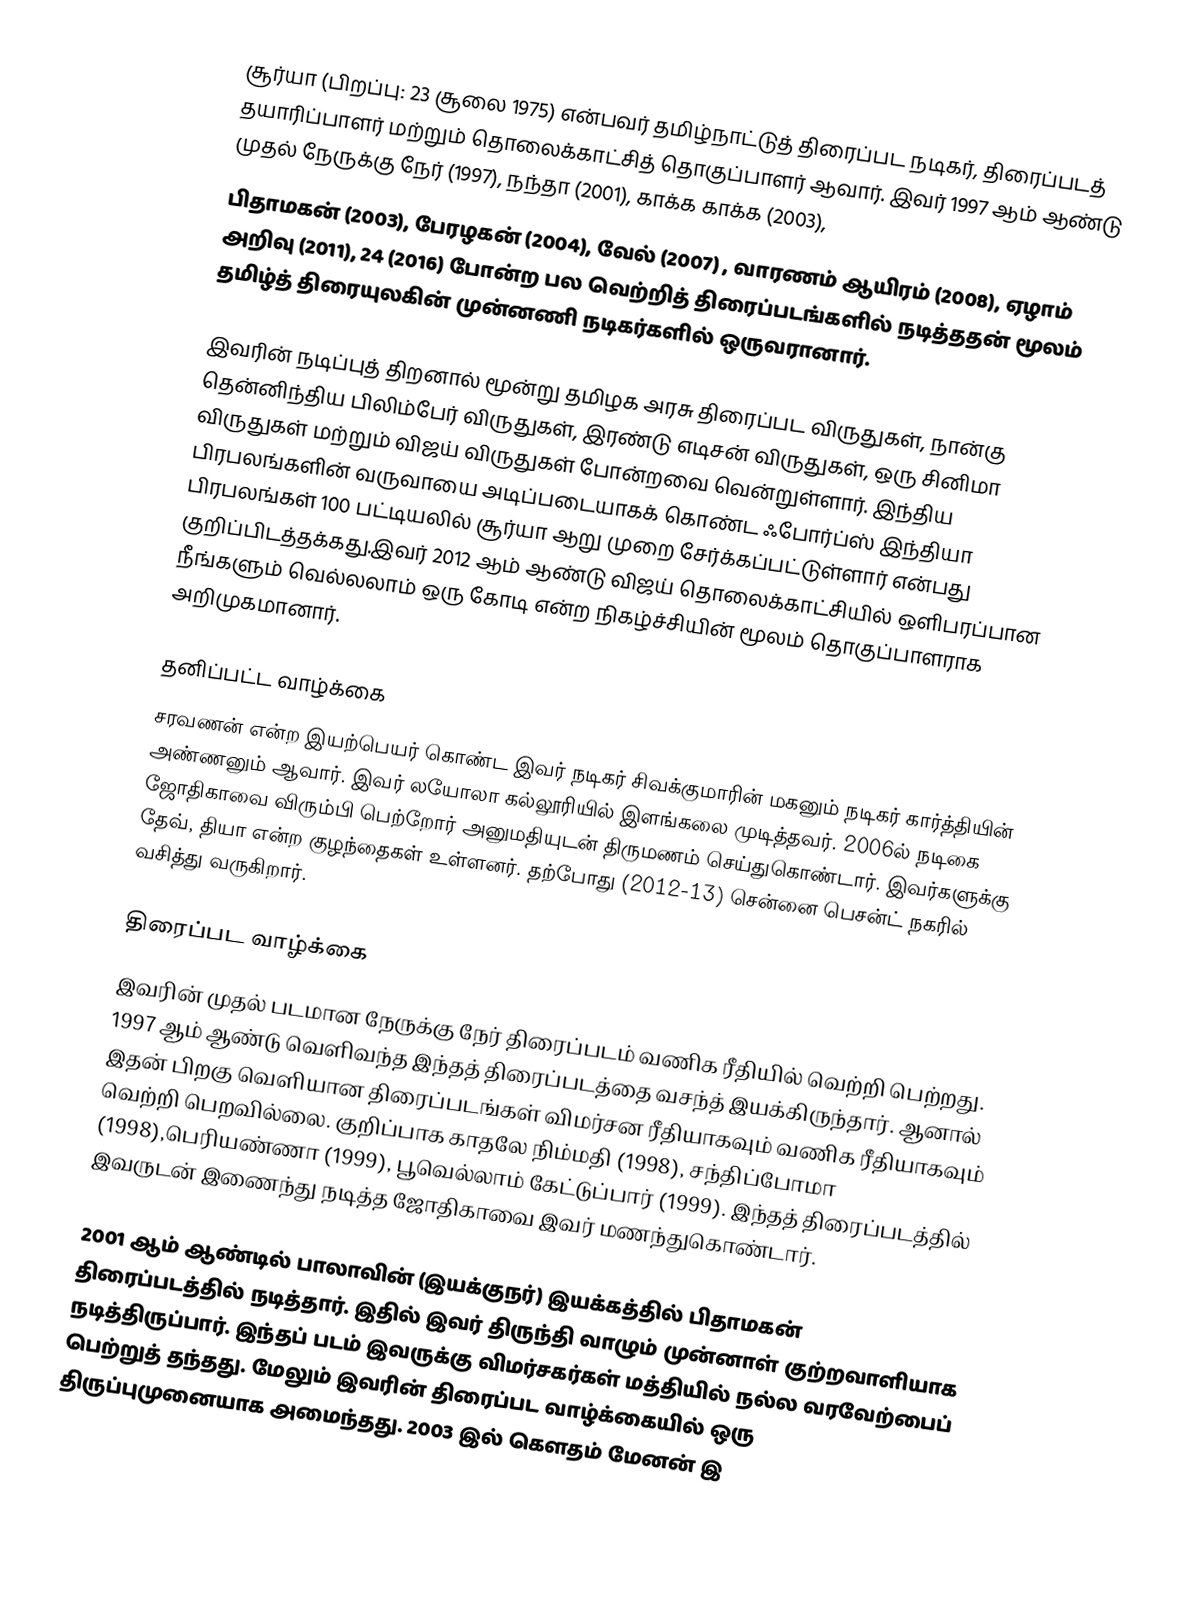
சூர்யா (பிறப்பு: 23 சூலை 1975) என்பவர் தமிழ்நாட்டுத் திரைப்பட நடிகர், திரைப்படத் தயாரிப்பாளர் மற்றும் தொலைக்காட்சித் தொகுப்பாளர் ஆவார். இவர் 1997 ஆம் ஆண்டு முதல் நேருக்கு நேர் (1997), நந்தா (2001), காக்க காக்க (2003),
பிதாமகன் (2003), பேரழகன் (2004), வேல் (2007) , வாரணம் ஆயிரம் (2008), ஏழாம் அறிவு (2011), 24 (2016) போன்ற பல வெற்றித் திரைப்படங்களில் நடித்ததன் மூலம் தமிழ்த் திரையுலகின் முன்னணி நடிகர்களில் ஒருவரானார்.

இவரின் நடிப்புத் திறனால் மூன்று தமிழக அரசு திரைப்பட விருதுகள், நான்கு தென்னிந்திய பிலிம்பேர் விருதுகள், இரண்டு எடிசன் விருதுகள், ஒரு சினிமா விருதுகள் மற்றும் விஜய் விருதுகள் போன்றவை வென்றுள்ளார். இந்திய பிரபலங்களின் வருவாயை அடிப்படையாகக் கொண்ட ஃபோர்ப்ஸ் இந்தியா பிரபலங்கள் 100 பட்டியலில் சூர்யா ஆறு முறை சேர்க்கப்பட்டுள்ளார் என்பது குறிப்பிடத்தக்கது.இவர் 2012 ஆம் ஆண்டு விஜய் தொலைக்காட்சியில் ஒளிபரப்பான நீங்களும் வெல்லலாம் ஒரு கோடி என்ற நிகழ்ச்சியின் மூலம் தொகுப்பாளராக அறிமுகமானார்.

தனிப்பட்ட வாழ்க்கை
சரவணன் என்ற இயற்பெயர் கொண்ட இவர் நடிகர் சிவக்குமாரின் மகனும் நடிகர் கார்த்தியின் அண்ணனும் ஆவார். இவர் லயோலா கல்லூரியில் இளங்கலை முடித்தவர். 2006ல் நடிகை ஜோதிகாவை விரும்பி பெற்றோர் அனுமதியுடன் திருமணம் செய்துகொண்டார். இவர்களுக்கு தேவ், தியா என்ற குழந்தைகள் உள்ளனர். தற்போது (2012-13) சென்னை பெசன்ட் நகரில் வசித்து வருகிறார்.

திரைப்பட வாழ்க்கை
இவரின் முதல் படமான நேருக்கு நேர் திரைப்படம் வணிக ரீதியில் வெற்றி பெற்றது.  1997 ஆம் ஆண்டு வெளிவந்த இந்தத் திரைப்படத்தை வசந்த் இயக்கிருந்தார். ஆனால் இதன் பிறகு வெளியான திரைப்படங்கள் விமர்சன ரீதியாகவும் வணிக ரீதியாகவும் வெற்றி பெறவில்லை. குறிப்பாக காதலே நிம்மதி (1998), சந்திப்போமா (1998),பெரியண்ணா (1999), பூவெல்லாம் கேட்டுப்பார் (1999). இந்தத் திரைப்படத்தில் இவருடன் இணைந்து நடித்த ஜோதிகாவை இவர் மணந்துகொண்டார்.

2001 ஆம் ஆண்டில் பாலாவின் (இயக்குநர்) இயக்கத்தில் பிதாமகன் திரைப்படத்தில் நடித்தார். இதில் இவர் திருந்தி வாழும் முன்னாள் குற்றவாளியாக நடித்திருப்பார். இந்தப் படம் இவருக்கு விமர்சகர்கள் மத்தியில் நல்ல வரவேற்பைப் பெற்றுத் தந்தது. மேலும் இவரின் திரைப்பட வாழ்க்கையில் ஒரு திருப்புமுனையாக அமைந்தது.  2003 இல் கௌதம் மேனன் இ